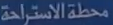
محطّةالاستدامة